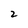
Character: 2